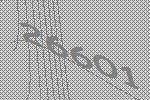
26601